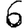
Digit: 6